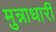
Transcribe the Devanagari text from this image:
मुन्नाधारी